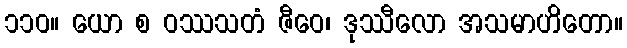
၁၁၀။ ယော စ ဝဿသတံ ဇီဝေ၊ ဒုဿီလော အသမာဟိတော။